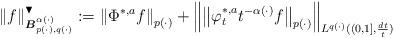
LaTeX: \begin{align*}\left\Vert f\right\Vert _{\boldsymbol{B}_{p(\cdot ),q(\cdot )}^{\alpha(\cdot )}}^{\blacktriangledown }:=\left\Vert \Phi ^{\ast ,a}f\right\Vert_{p(\cdot )}+\left\Vert \left\Vert \varphi _{t}^{\ast ,a}t^{-\alpha (\cdot)}f\right\Vert _{p(\cdot )}\right\Vert _{L^{q(\cdot )}((0,1],\frac{dt}{t})}\end{align*}